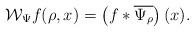
LaTeX: \begin{align*}\mathcal{W}_\Psi f(\rho,x)=\left(f\ast\overline{\Psi_\rho}\right)(x).\end{align*}